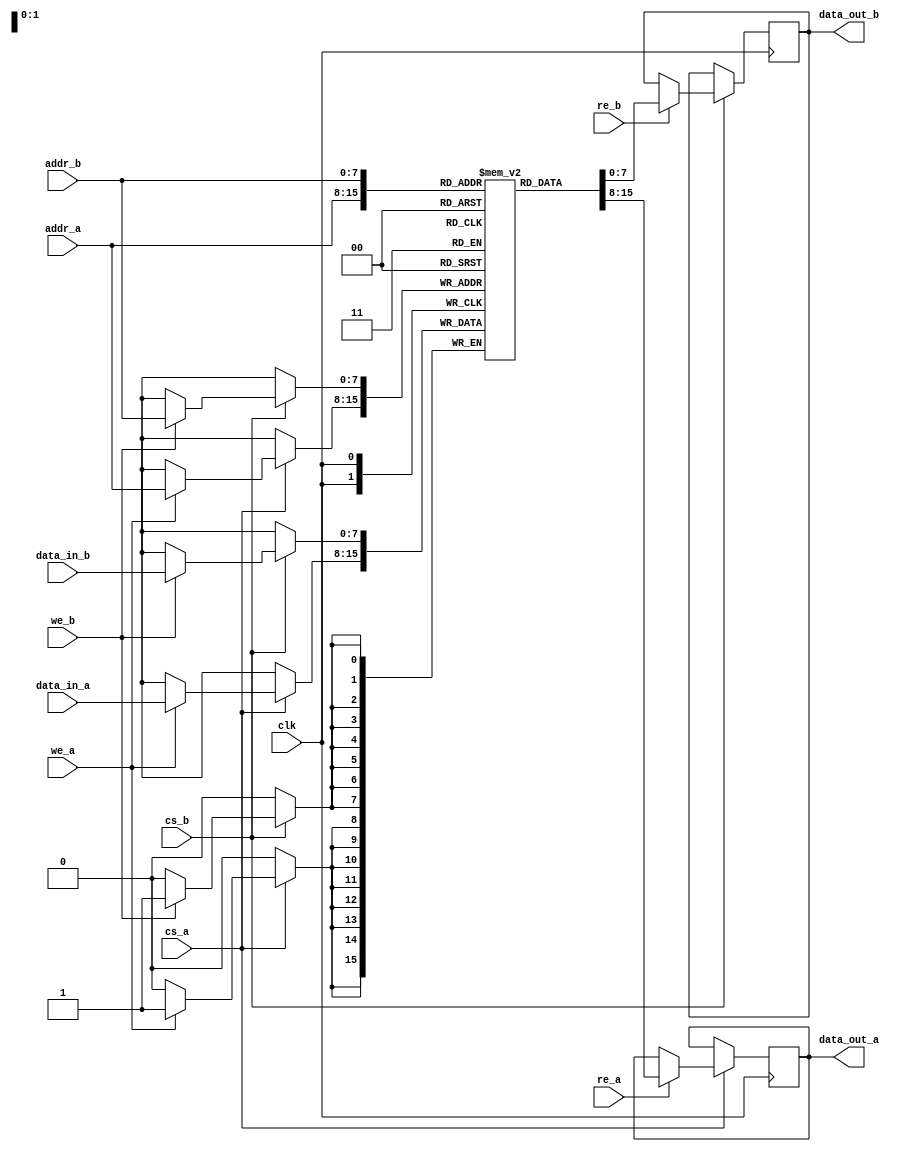
module dual_port_sram #(
    parameter DATA_WIDTH = 8,     // Width of data bus (8, 16, 32 bits)
    parameter ADDR_WIDTH = 8,     // Address width
    parameter MEM_SIZE = 256       // Number of memory locations
) (
    input wire clk,                // System clock
    input wire cs_a,               // Chip Select for Port A
    input wire cs_b,               // Chip Select for Port B
    input wire we_a,               // Write Enable for Port A
    input wire we_b,               // Write Enable for Port B
    input wire re_a,               // Read Enable for Port A
    input wire re_b,               // Read Enable for Port B
    input wire [ADDR_WIDTH-1:0] addr_a, // Address for Port A
    input wire [ADDR_WIDTH-1:0] addr_b, // Address for Port B
    input wire [DATA_WIDTH-1:0] data_in_a, // Data input for Port A
    input wire [DATA_WIDTH-1:0] data_in_b, // Data input for Port B
    output reg [DATA_WIDTH-1:0] data_out_a, // Data output for Port A
    output reg [DATA_WIDTH-1:0] data_out_b  // Data output for Port B
);

    // Memory Array
    reg [DATA_WIDTH-1:0] memory [0:MEM_SIZE-1];

    // Port A Operations
    always @(posedge clk) begin
        if (cs_a) begin
            if (we_a) begin
                // Write operation for Port A
                memory[addr_a] <= data_in_a;
            end
            if (re_a) begin
                // Read operation for Port A
                data_out_a <= memory[addr_a];
            end
        end
    end

    // Port B Operations
    always @(posedge clk) begin
        if (cs_b) begin
            if (we_b) begin
                // Write operation for Port B
                memory[addr_b] <= data_in_b;
            end
            if (re_b) begin
                // Read operation for Port B
                data_out_b <= memory[addr_b];
            end
        end
    end

    // Initialization block (synchronous reset)
    integer i;
    initial begin
        for (i = 0; i < MEM_SIZE; i = i + 1) begin
            memory[i] = {DATA_WIDTH{1'b0}}; // Initialize all memory to zero
        end
    end

endmodule